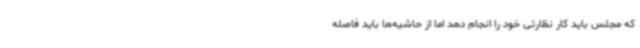
که مجلس باید کار نظارتی خود را انجام دهد اما از حاشیه‌ها باید فاصله